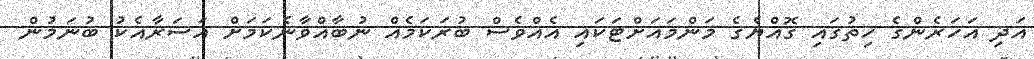
އަދި އަހަރެންގެ ހިތުގައި ގޮއްޔެގެ މަންމައަށްޓަކައި އެއްވެސް ބުރަކަމެއް ނުބާއްވާނެކަމަށް އަސަރާއެކު ބުނަމުން